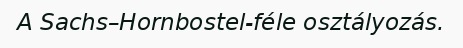
A Sachs–Hornbostel-féle osztályozás.